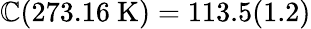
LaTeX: \mathbb{C}(273.16~\mathrm{{K}})=113.5(1.2)